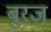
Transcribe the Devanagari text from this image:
बुरज